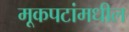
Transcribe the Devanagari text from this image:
मूकपटांमधील